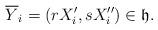
LaTeX: \begin{align*} \overline{Y}_i=(r X'_i, sX''_i)\in \mathfrak h. \end{align*}